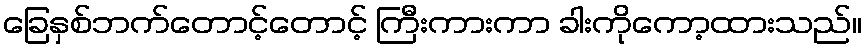
ခြေနှစ်ဘက်တောင့်တောင့် ကြီးကားကာ ခါးကိုကော့ထားသည်။